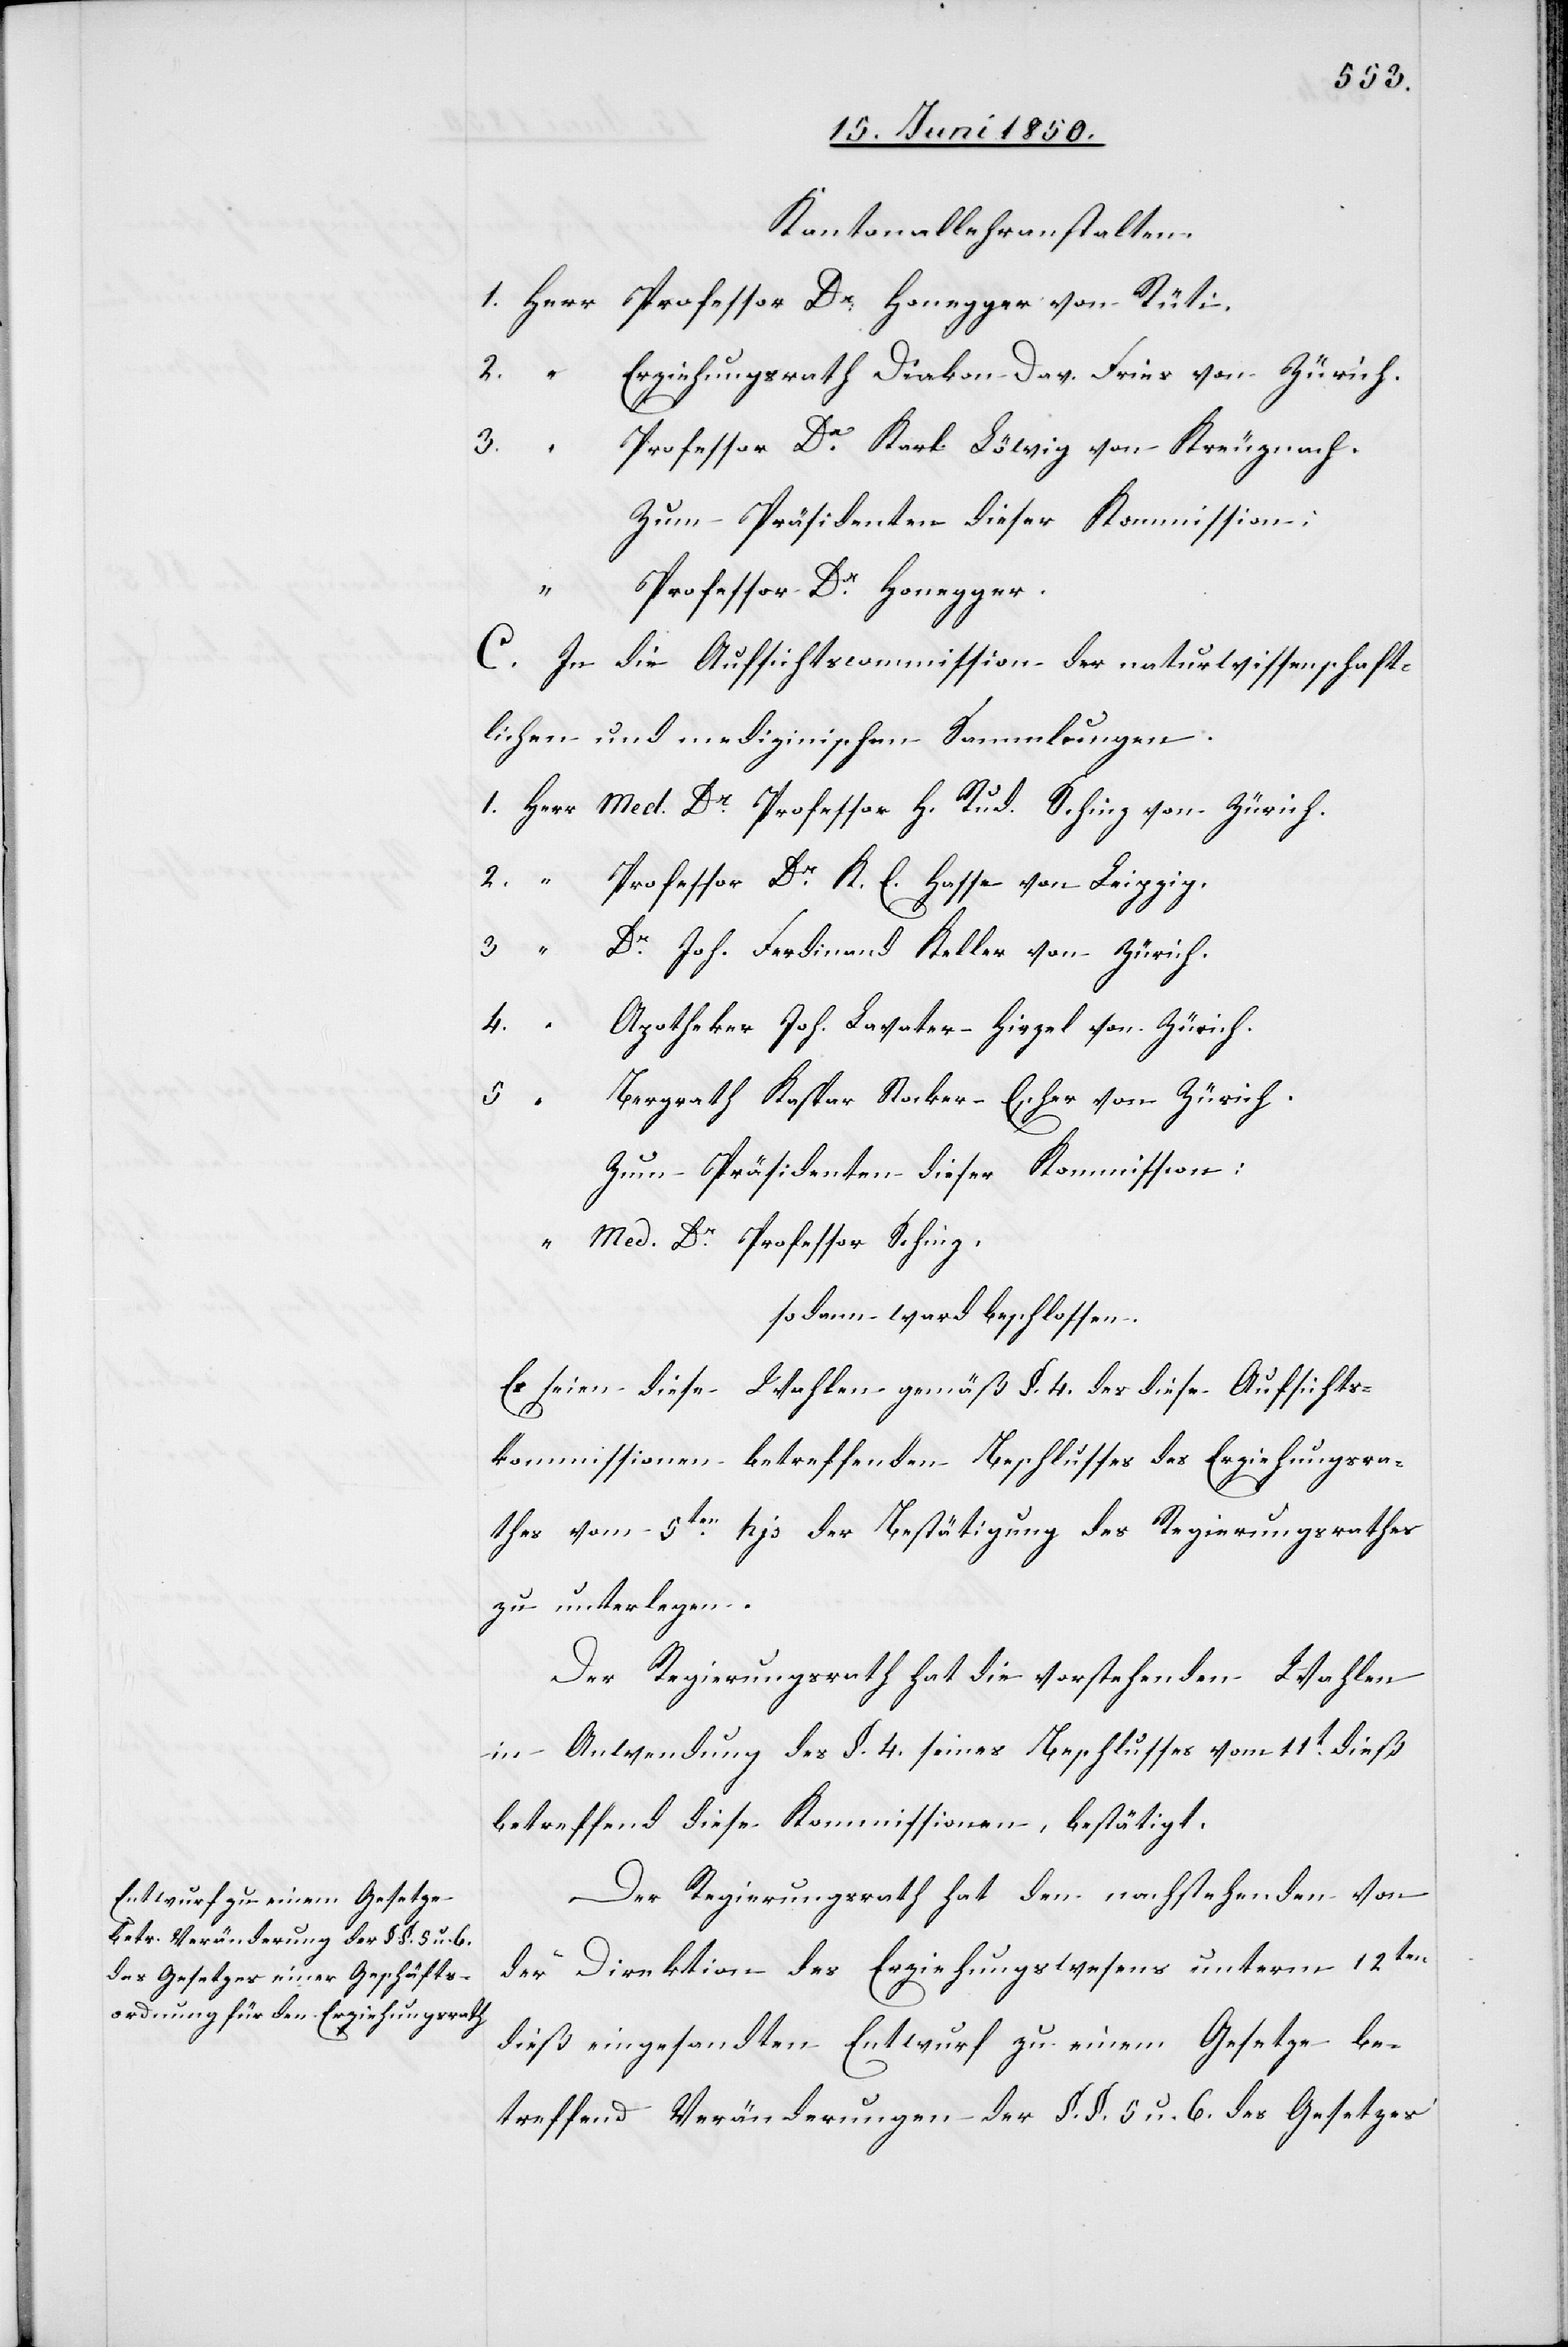
Kantonallehranstalten.
1. Herr Professor Dr Honegger von Rüti.
2.
“
Erziehungsrath Diakon Dav. Fries von Zürich.
3.
Professor Dr Karl Löwig von Kreuznach.
Zum Präsidenten dieser Kommission:
“
Professor Dr Honegger.
C. In die Aufsichtscommission der naturwissenschaft¬
lichen und medizinischen Sammlungen.
1. Herr Med. Dr Professor H. Rud. Schinz von Zürich.
2. “ Professor Dr K. E. Hasse von Leipzig.
3. “
Dr Joh. Ferdinand Keller von Zürich.
4.
Apotheker Joh. Lavater-Hirzel von Zürich.
5.
Bergrath Kaspar Stocker-Escher von Zürich.
Zum Präsidenten dieser Kommission:
“ Med. Dr Professor Schinz.
sodann ward beschlossen.
Es seien diese Wahlen gemäß §. 4. des diese Aufsichts¬
kommissionen betreffenden Beschlusses des Erziehungsra¬
thes vom 5ten hjs der Bestätigung des Regierungsrathes
zu unterlegen.
Der Regierungsrath hat die vorstehenden Wahlen
in Anwendung des §. 4. seines Beschlusses vom 11t dieß
betreffend diese Kommissionen, bestätigt.
Der Regierungsrath hat den nachstehenden von
der Direktion des Erziehungswesens unterm 12ten
dieß eingesandten Entwurf zu einem Gesetze be¬
treffend Veränderungen der §. §. 5 u. 6. des Gesetzes